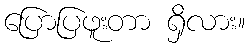
ပြောပြဖူးတာ ရှိလား။